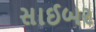
સાઈબર